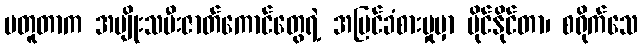
မတူတာက အမျိုးသမီးဇာတ်ကောင်တွေရဲ့ အမြင်ခံစားမှုမှာ ပိုင်နိုင်တာ၊ စရိုက်သေ